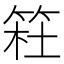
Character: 𥮊